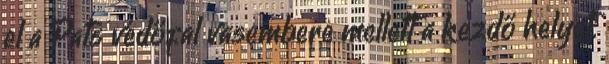
el a Pats védőfal vasembere mellett a kezdő helyet.